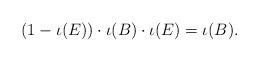
LaTeX: \begin{align*}(1-\iota(E)) \cdot \iota(B) \cdot \iota(E) = \iota(B).\end{align*}